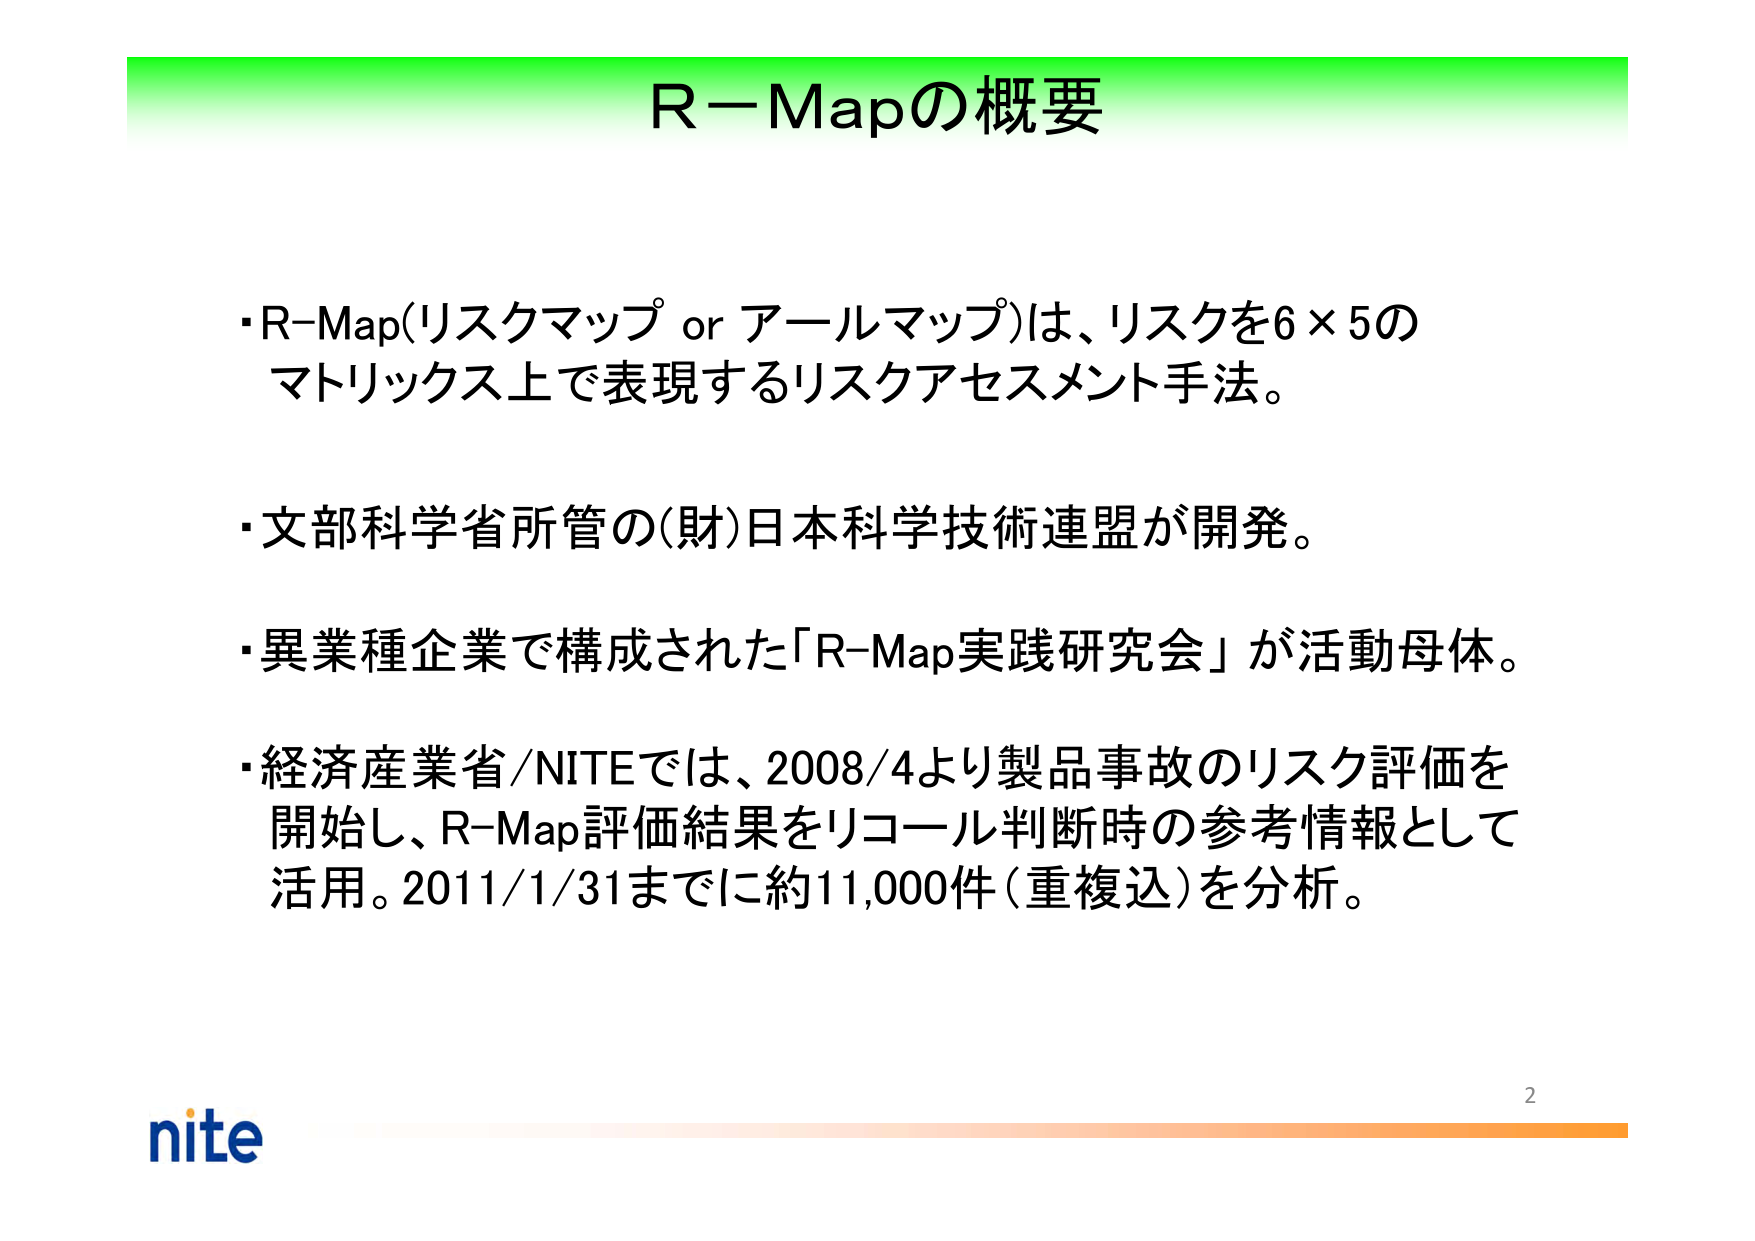
R－Mapの概要

・R-Map(リスクマップ or アールマップ)は、リスクを6×5の
マトリックス上で表現するリスクアセスメント手法。

・文部科学省所管の(財)日本科学技術連盟が開発。

・異業種企業で構成された「R-Map実践研究会」が活動母体。

・経済産業省/NITEでは、2008/4より製品事故のリスク評価を
開始し、R-Map評価結果をリコール判断時の参考情報として
活用。2011/1/31までに約11,000件（重複込）を分析。

nite
2